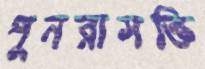
পুনরাসক্তি